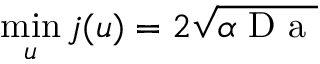
\operatorname* { m i n } _ { u } { j ( u ) } = 2 \sqrt { \alpha \mathrm { ~ D ~ a ~ } }